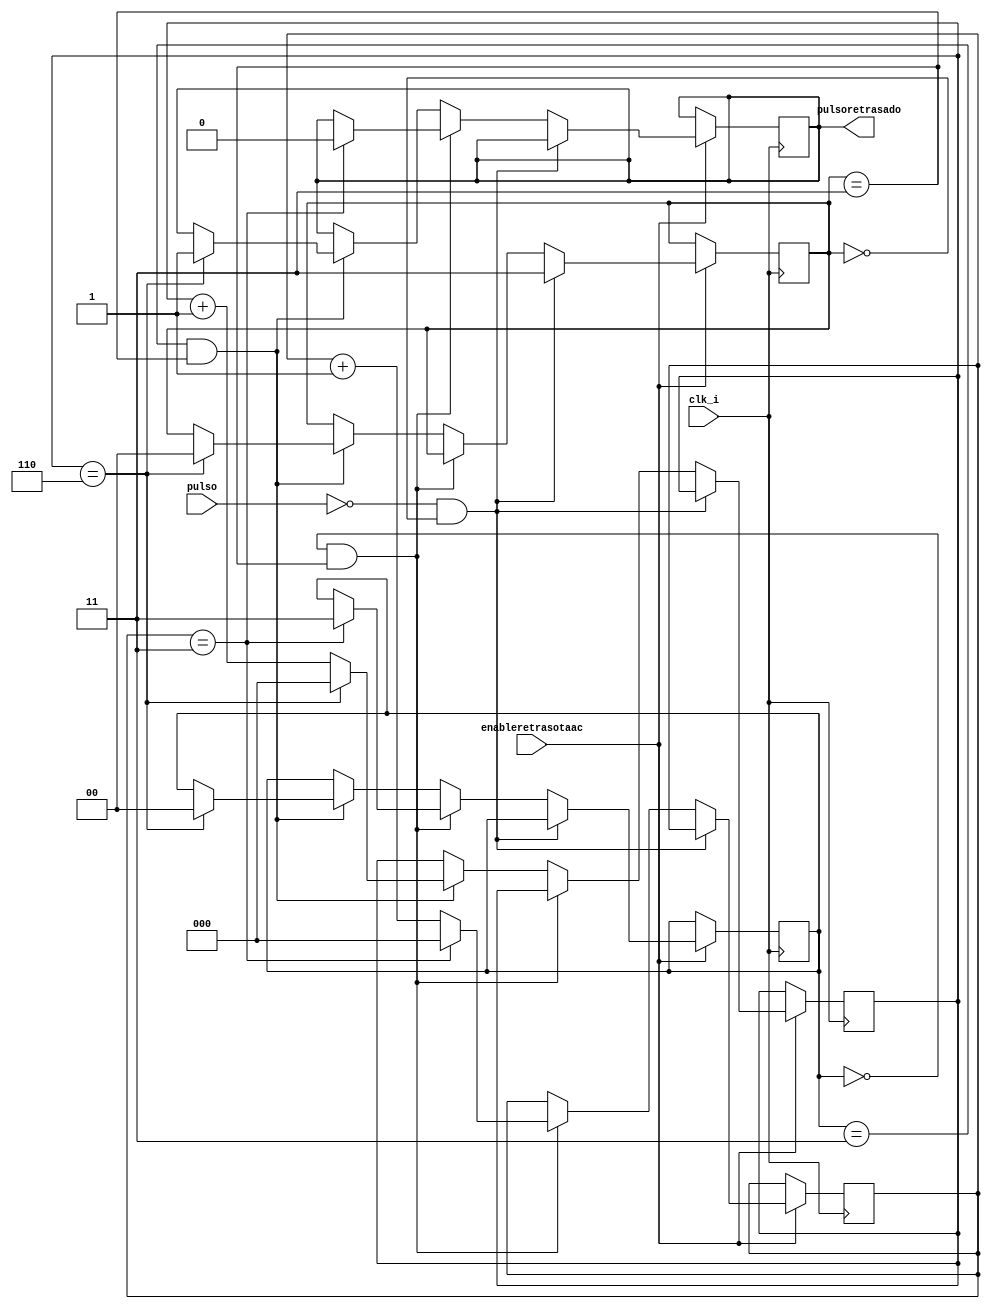
`timescale 1ns / 1ps
//////////////////////////////////////////////////////////////////////////////////
// Company: 
// 
// Design Name: 
// Module Name:    retrasotacc2 
// Project Name: 
// Target Devices: 
// Tool versions: 
// Description: 
//
// Dependencies: 
//
// Revision: 
// Revision 0.01 - File Created
// Additional Comments: 
//
//////////////////////////////////////////////////////////////////////////////////
module retrasotacc2(clk_i,enableretrasotaac,pulso,pulsoretrasado);

input clk_i;
input enableretrasotaac;
input wire pulso;
output reg pulsoretrasado=1'b1;

reg [1:0]pulsoaux=2'b00;
reg [1:0]pasotacc=2'b00;
reg [2:0]conta=3'b000;
reg [2:0]conta1=3'b000;

always@(posedge clk_i)
begin
if(enableretrasotaac==1'b1)
begin
	if(pulso==1'b0 && pulsoaux==2'b00)
		begin
		pulsoaux=2'b11;
		end
	else if(pasotacc==2'b00 && pulsoaux==2'b11)
		begin
		if(conta==3'b011)
			begin
			pasotacc=2'b11;
			pulsoretrasado=1'b0;
			conta=3'b000;
			end
		else
			begin
			conta=conta+1'b1;
			end
		end
	else if(pasotacc==2'b11 && pulsoaux==2'b11)
		begin
		if (conta1==3'b110)
			begin
			pulsoaux=2'b00;
			pulsoretrasado=1'b1;
			conta1=3'b000;
			pasotacc=2'b00;
			end
		else
			begin
			conta1=conta1+1'b1;
			end
		end

end
end
endmodule